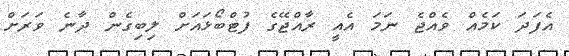
އެފަދަ ކަމެއް ވެއްޖެ ނަމަ އެއީ ރާއްޖޭގެ ފުޓްބޯޅައަށް ލިބިގެން ދާނެ ވަރަށް